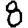
Digit: 8